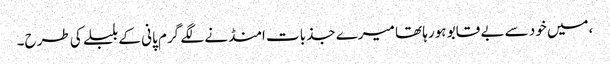
،میں خود سے بے قابو ہورہا تھا میرے جذبات امنڈنے لگے گرم پانی کے بلبلے کی طرح۔